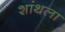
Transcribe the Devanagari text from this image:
शांथला